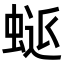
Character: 𮔜